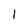
Character: l